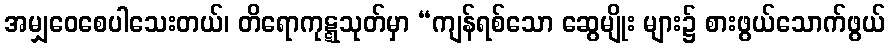
အမျှဝေစေပါသေးတယ်၊ တိရောကုဋ္ဋသုတ်မှာ “ကျန်ရစ်သော ဆွေမျိုး များ၌ စားဖွယ်သောက်ဖွယ်